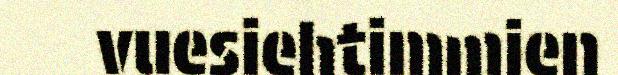
vuesiehtimmien